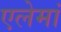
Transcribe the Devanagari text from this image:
एलेमां